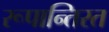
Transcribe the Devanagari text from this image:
रूपान्तिरत